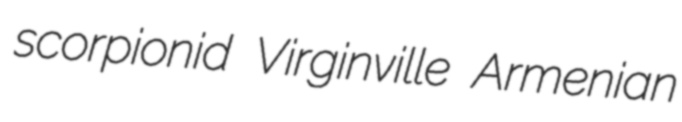
scorpionid Virginville Armenian